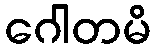
ဂေါတမိ